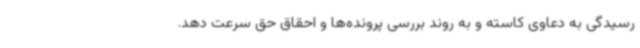
رسیدگی به دعاوی کاسته و به روند بررسی پرونده‌ها و احقاق حق سرعت دهد.